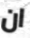
ان